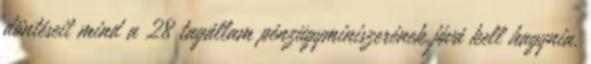
döntéseit mind a 28 tagállam pénzügyminiszerének jóvá kell hagynia.